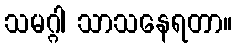
သမဂ္ဂါ သာသနေရတာ။